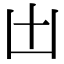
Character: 𠙷